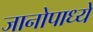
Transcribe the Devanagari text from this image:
जानोपाध्ये